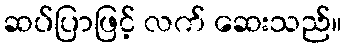
ဆပ်ပြာဖြင့် လက် ဆေးသည်။